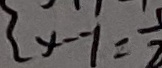
x - y = \frac { 1 } { 2 }